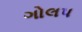
ગોલપ